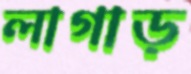
লাগাড়